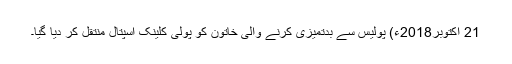
21 اکتوبر2018ء) پولیس سے بدتمیزی کرنے والی خاتون کو پولی کلینک اسپتال منتقل کر دیا گیا۔